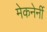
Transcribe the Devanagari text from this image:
मेकनेर्नी